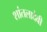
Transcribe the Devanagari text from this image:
शांतलादेवी